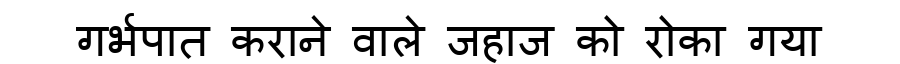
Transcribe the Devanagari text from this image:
गर्भपात कराने वाले जहाज को रोका गया